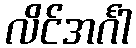
လိင်အင်္ဂါ